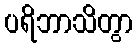
ပရိဘာသိတွာ